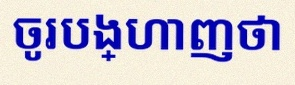
ចូរបង្ហាញថា